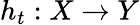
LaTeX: h_{t}:X\to Y